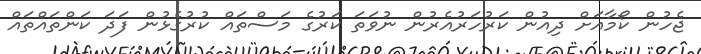
ޖެހުން ކޯމާއަށް ދިއުން ކަރުހަރުއެރުން ނުވަތަ ކަރުގެ މަސްތައް ކުރުގެޅުން ފަދަ ކަންތައްތައް